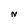
Character: N